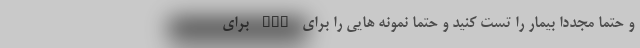
و حتما مجدداً بیمار را تست کنید و حتما نمونه هایی را برای NGS برای